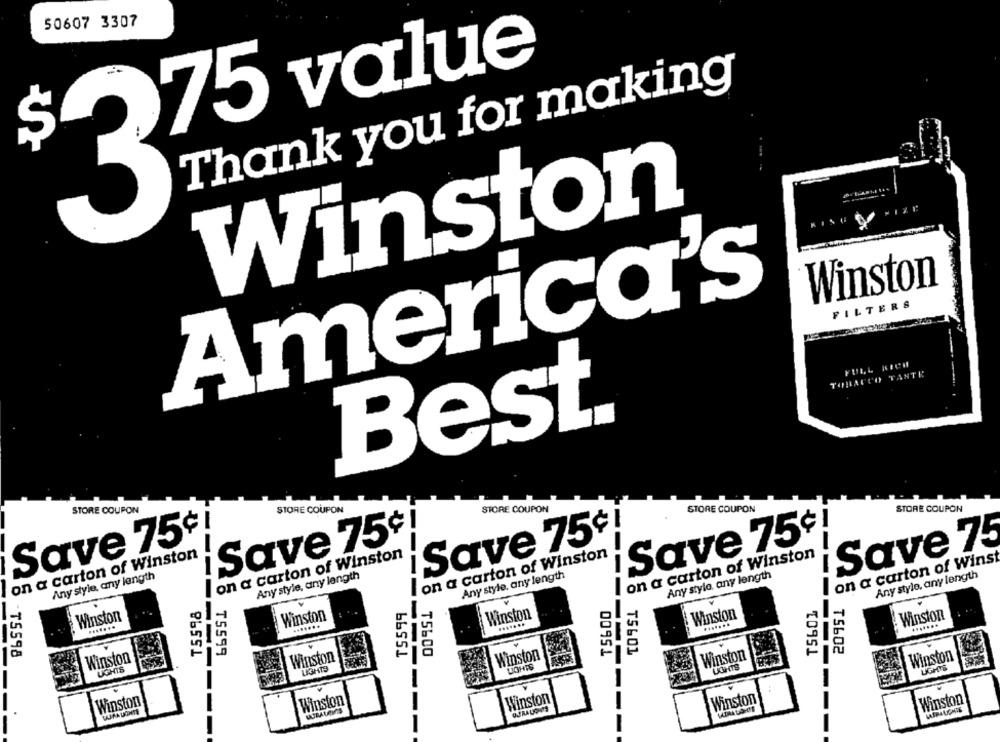
50607 3307
375 value
Thank you for making
75
Winston
Winston
America's
FILTERS
FULL KICH
TOBACCO TANTE
Best.
STORE COUPON
STORE COUPON
STORE COUPON
STORE COUPON
STORE COUPON
Save 75¢!
i Save 75+!
Save 75+
i Save 75+
Save 75
-
on a carton of Winston
Ion a carton of Winston
Ion a carton of Winston
I on a carton of Winston
on a carton of Winst
Any style, any length
Any style, any length
Any style. any length
Any style. any length
Any style, any length
T5598
T5600
TS599
T5601
Winston
Winston
Winston
Winston
Winston
.......
......
.......
-TS598
T5599
688 T5599
T5600
T5601
O T5602
Winston
Winston
Winston
------
Winston
Winston
----
LIGHTS
LIGHTS
LIGHTS
LIGHTS
UGHTS
-
Winston
Winston
Winston
Winston
Winston
URA UONTE
UMALes
LADAA LO-CE